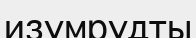
изумрудты